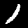
Digit: 1